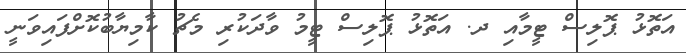
އަތޮޅު ޕޮލިސް ޓީމާއި ދ. އަތޮޅު ޕޮލިސް ޓީމު ވާދަކުރި މެޗު ކާމިޔާބުކޮށްފައިވަނީ